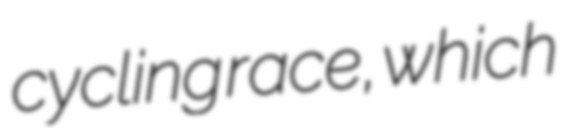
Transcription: cycling race, which